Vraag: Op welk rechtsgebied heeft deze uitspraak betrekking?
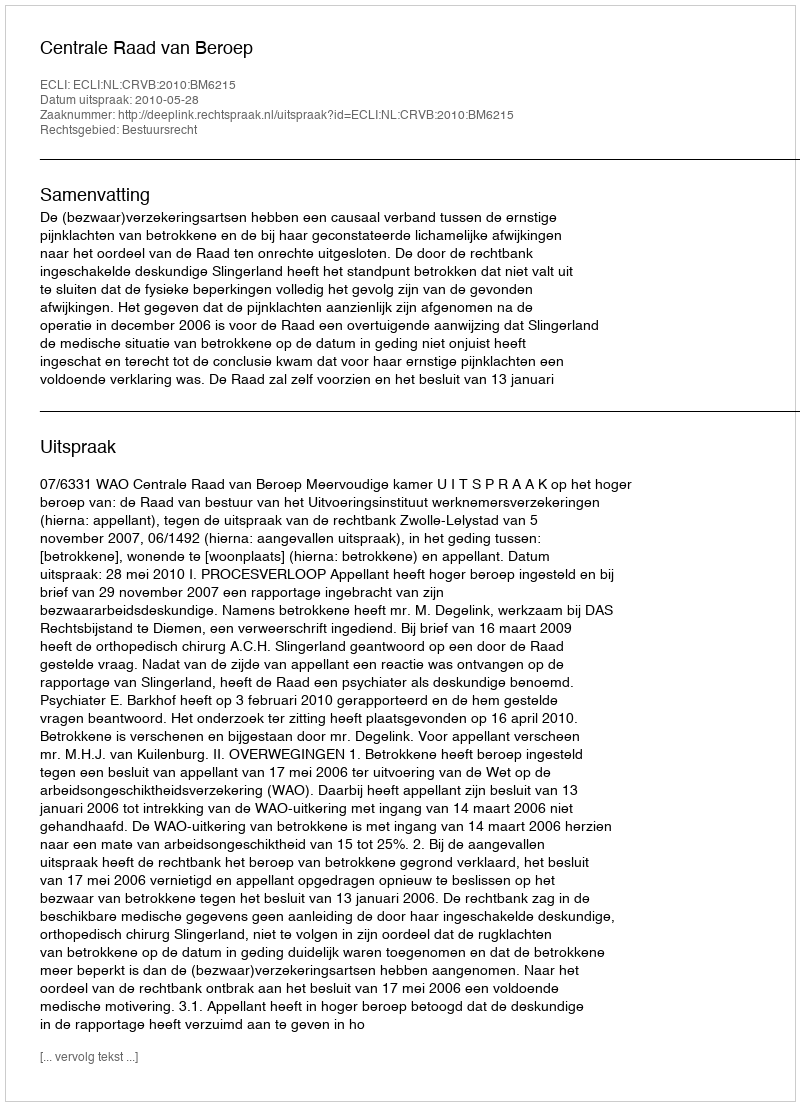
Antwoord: Bestuursrecht